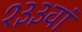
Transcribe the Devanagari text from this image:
१३३वां